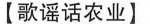
【歌谣话农业】